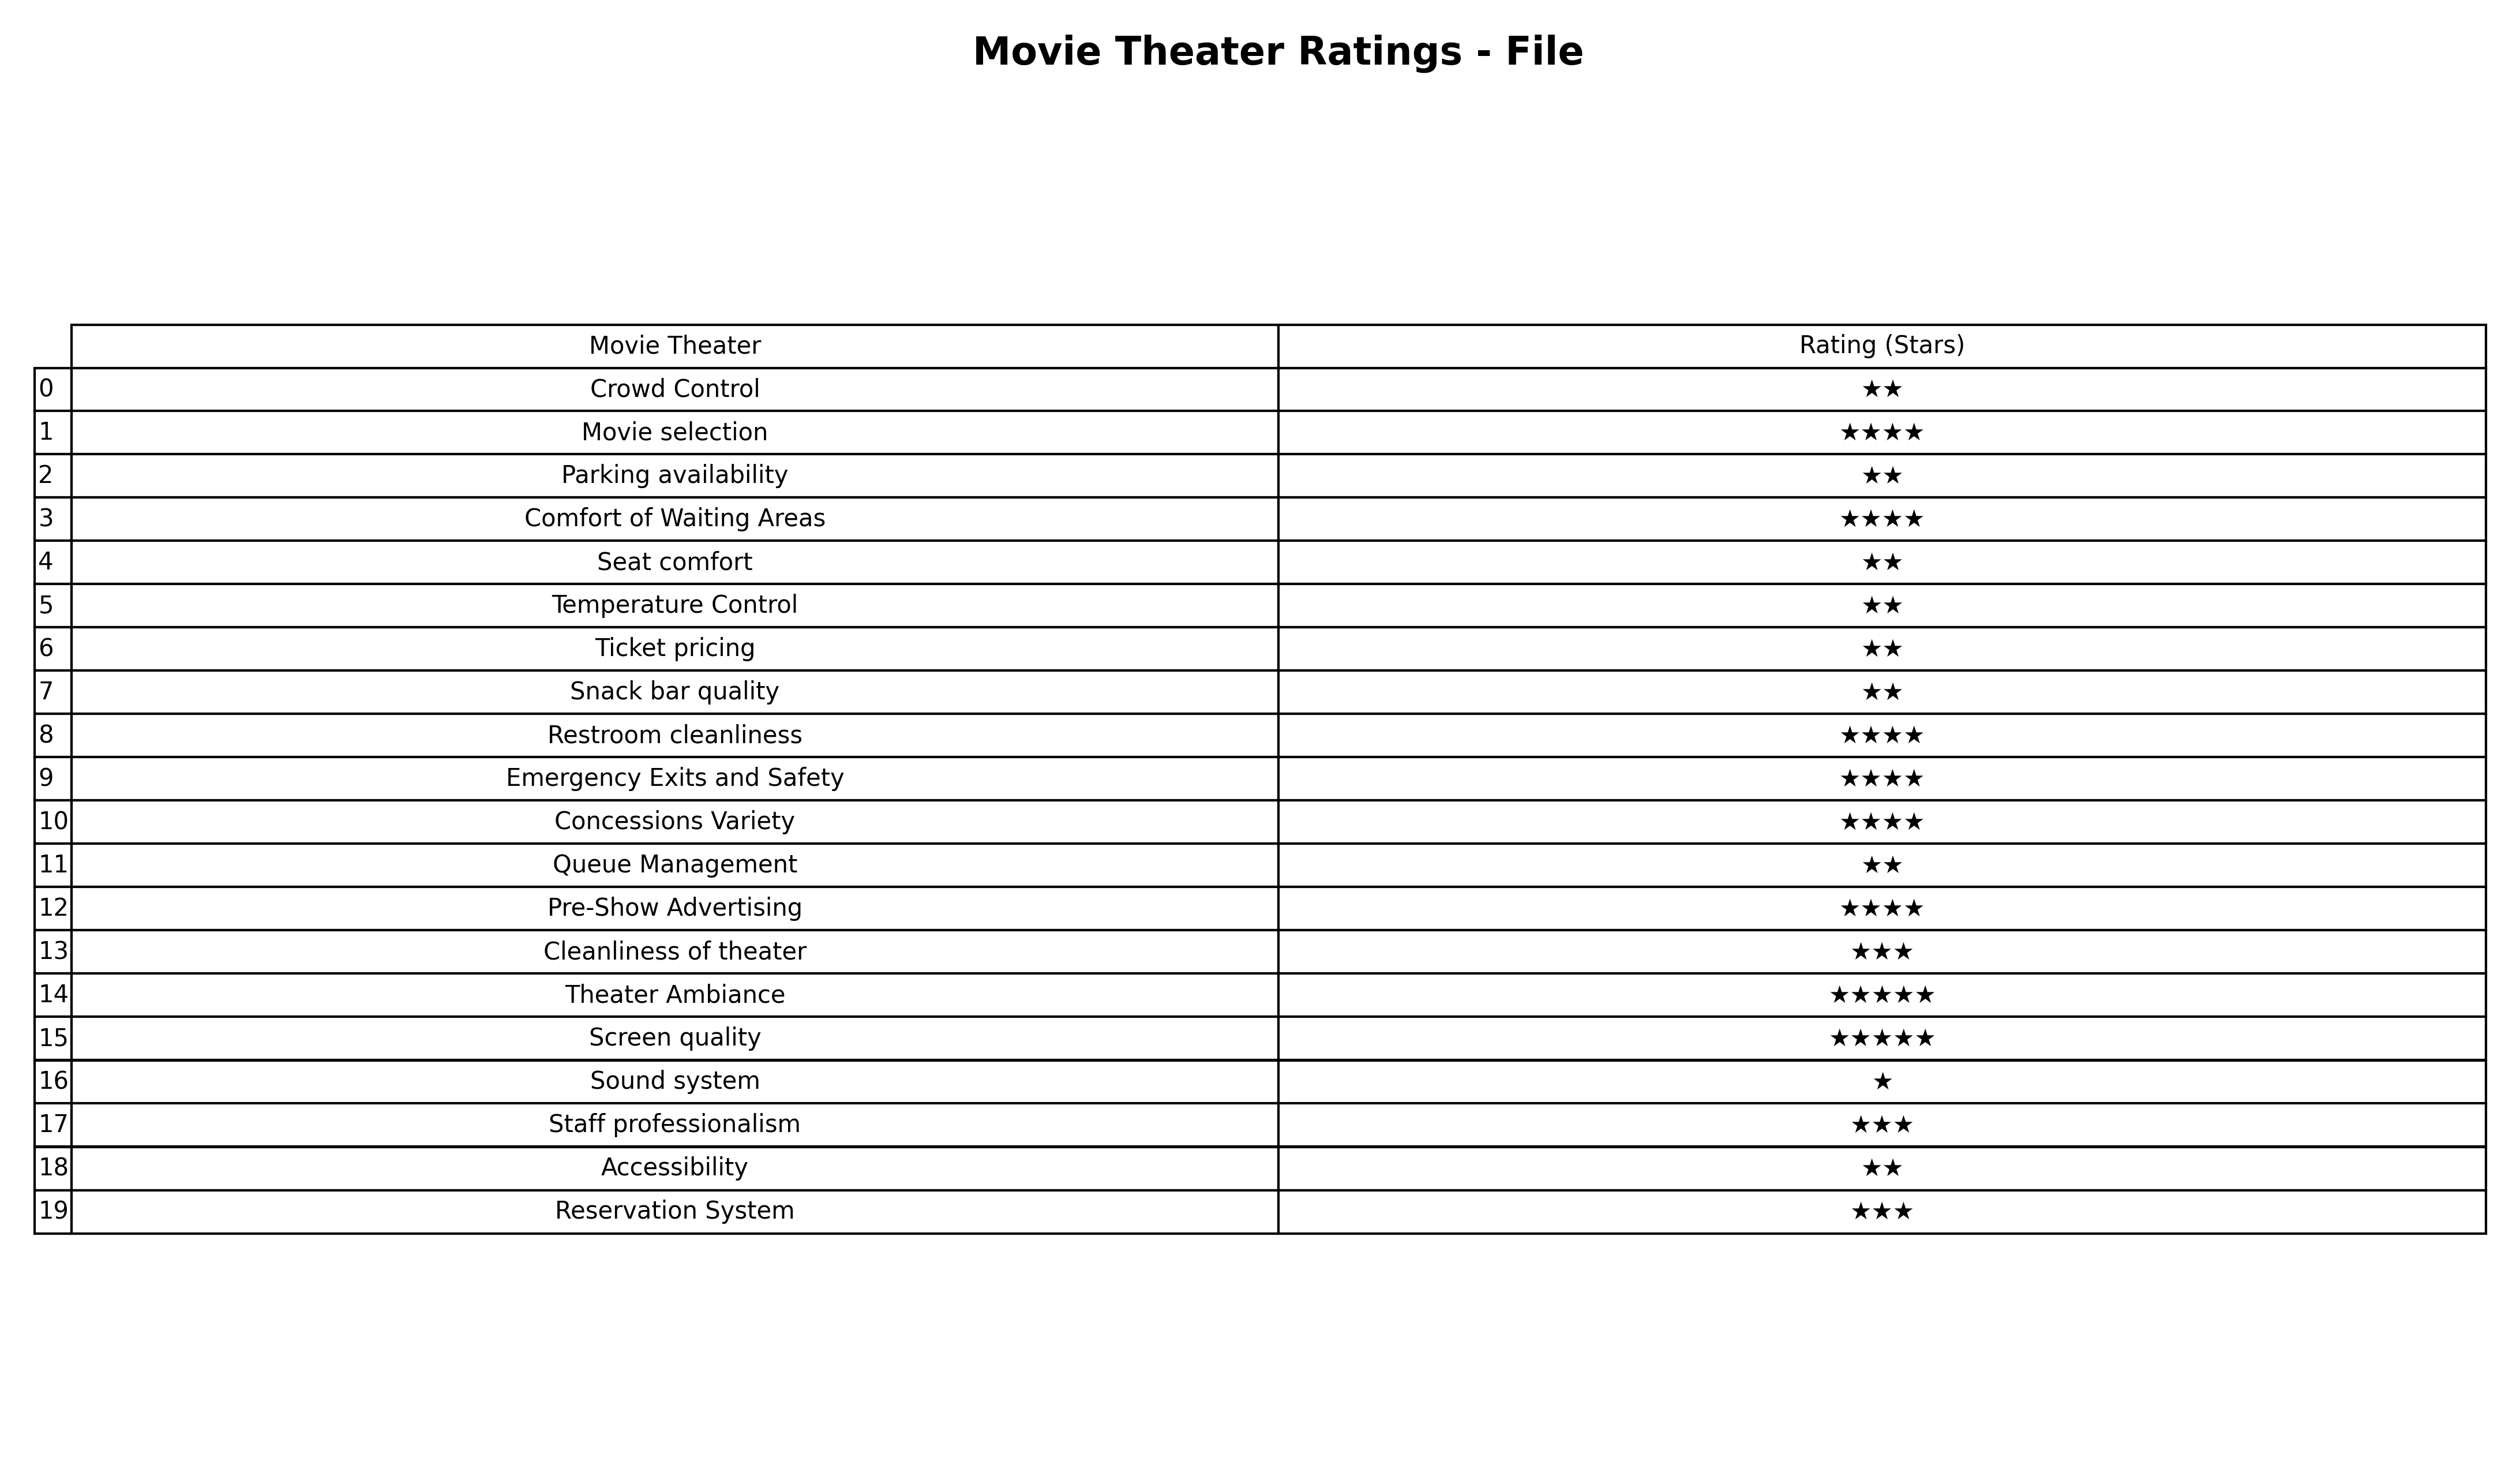
question: What is the rating of Comfort of Waiting Areas?
answer: ★★★★